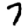
Digit: 7